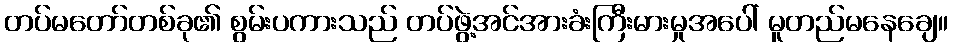
တပ်မတော်တစ်ခု၏ စွမ်းပကားသည် တပ်ဖွဲ့အင်အားခံးကြီးမားမှုအပေါ် မူတည်မနေချေ။